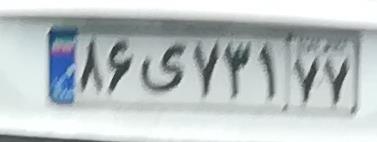
۸۶ی۷۳۱۷۷